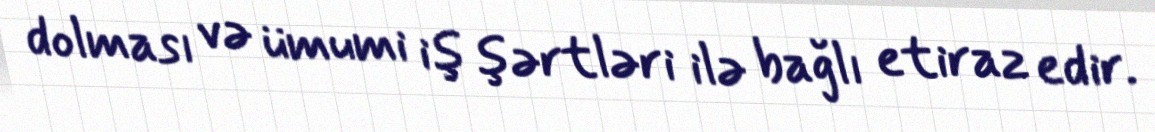
dolması və ümumi iş şərtləri ilə bağlı etiraz edir.